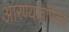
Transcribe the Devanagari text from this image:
आरण्यकांपैकी